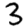
Digit: 3